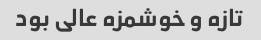
تازه و خوشمزه عالی بود